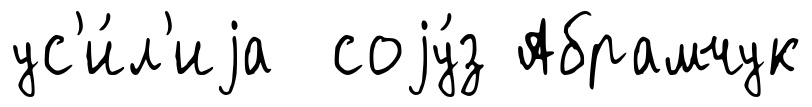
ус'и́л'иjа соjу́з Абрамчук